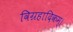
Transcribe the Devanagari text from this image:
विग्रहादिकम्।